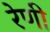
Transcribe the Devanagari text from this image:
रेणी